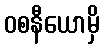
ဝစနီယောမှိ